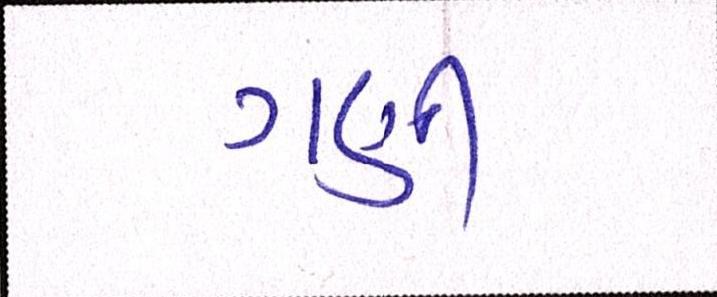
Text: ગણી